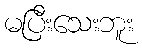
မပြီးသေးဘူး